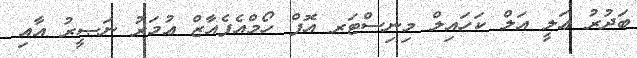
ބަދުރު ޢަލީ އަލް ކަހައިލް މިނިސްޓަރ އޮފް ހޯމްއެފެއާޒް ޢުމަރު ނަޞީރު އާއި